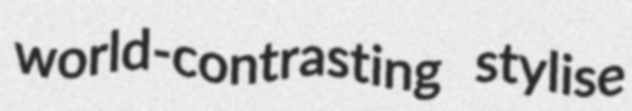
world-contrasting stylise